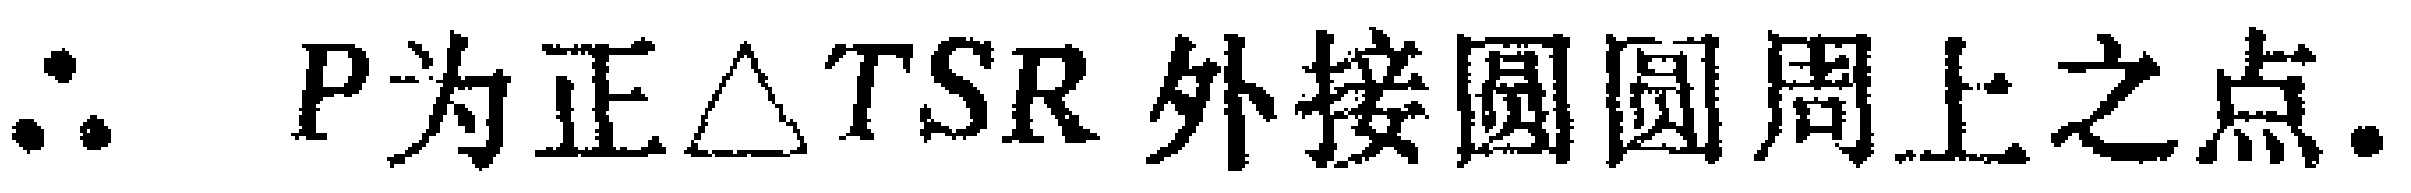
\(\therefore\ P\text{为正}\triangle TSR\text{外接圆圆周上之点}.\)